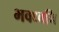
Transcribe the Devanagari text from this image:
भवध्वनि